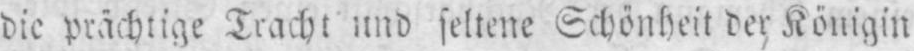
die prächtige Tracht und seltene Schönheit des Königin